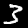
Label: 3